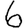
Digit: 6